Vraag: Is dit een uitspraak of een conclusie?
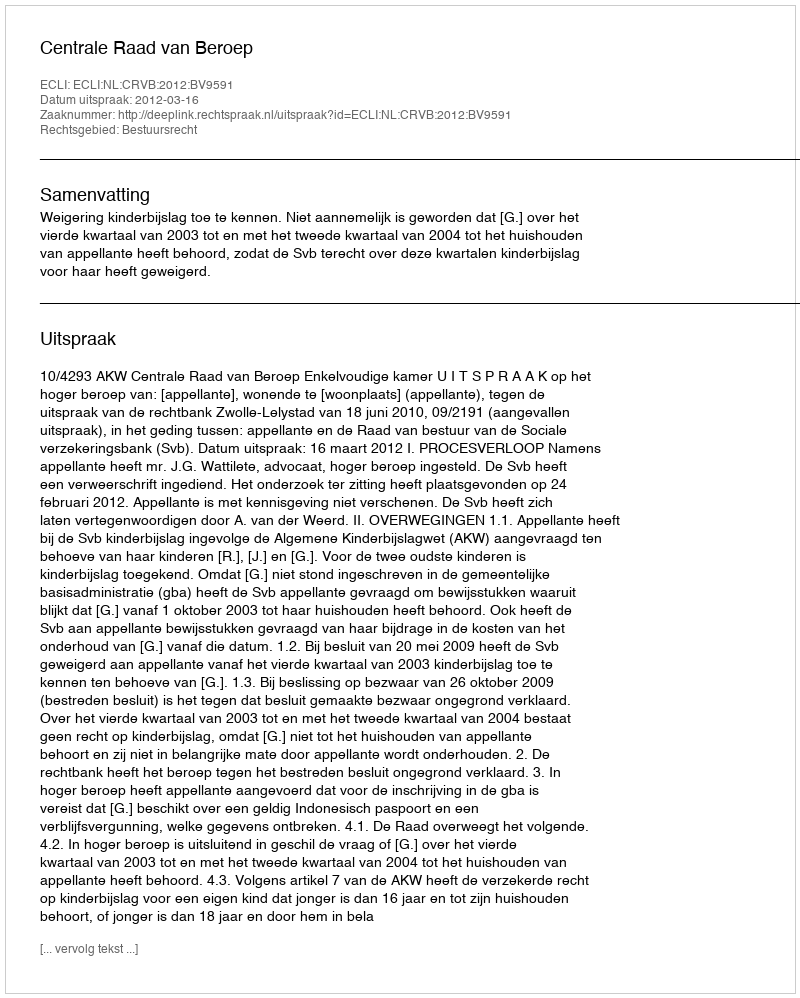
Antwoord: Uitspraak